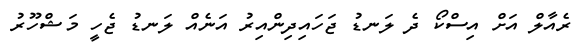
ރެއާލް އަށް އިސްކޯ ދެ ލަނޑު ޖަހައިދިންއިރު އަނެއް ލަނޑު ޖެހީ މަޝްހޫރު